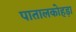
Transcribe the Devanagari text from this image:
पातालकोहड़ा